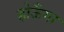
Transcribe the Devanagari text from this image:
होऊँगा